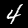
Label: 4